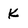
Character: K